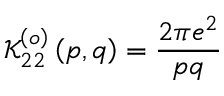
\mathcal { K } _ { 2 2 } ^ { \left( o \right) } \left( p , q \right) = \frac { 2 \pi e ^ { 2 } } { p q }